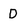
Character: D